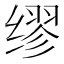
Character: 缪